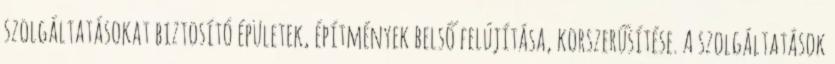
szolgáltatásokat biztosító épületek, építmények belső felújítása, korszerűsítése. A szolgáltatások